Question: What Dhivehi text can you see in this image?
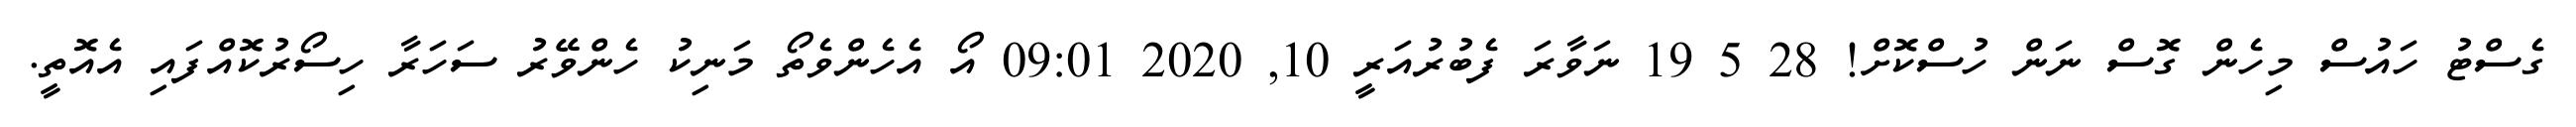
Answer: ގެސްޓު ހައުސް މިހެން ގޮސް ނަން ހުސްކޮށް! 28 5 19 ނަވާރަ ފެބުރުއަރީ 10, 2020 09:01 އޯ އެހެންވެތޯ މަނިކު ހެންވޭރު ސަހަރާ ހިސޯރުކޮއްފައި އެއޮތީ.